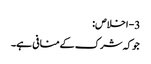
3- اخلاص:
جوکہ شرک کےمنافی ہے۔